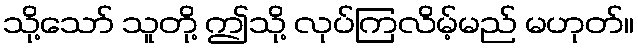
သို့သော် သူတို့ ဤသို့ လုပ်ကြလိမ့်မည် မဟုတ်။